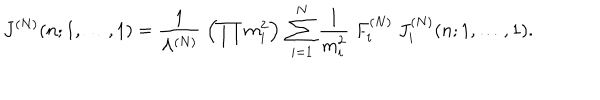
LaTeX: J ^ { ( N ) } ( n ; 1 , \ldots , 1 ) = \frac { 1 } { \Lambda ^ { ( N ) } } \; \left( \prod m _ { i } ^ { 2 } \right) \; \sum _ { i = 1 } ^ { N } \frac { 1 } { m _ { i } ^ { 2 } } \; F _ { i } ^ { ( N ) } \; J _ { i } ^ { ( N ) } ( n ; 1 , \ldots , 1 ) .